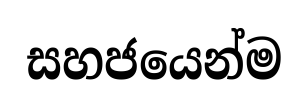
සහජයෙන්ම